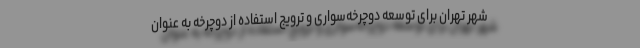
شهر تهران برای توسعه دوچرخه‌سواری و ترویج استفاده از دوچرخه به عنوان